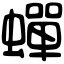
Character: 蟬